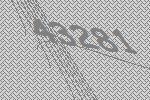
43281